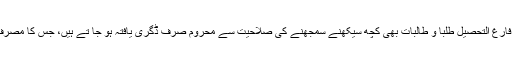
جس کے تحت ایمانداری سے فارغ التحصیل طلبا و طالبات بھی کچھ سیکھنے سمجھنے کی صلاحیت سے محروم صرف ڈگری یافتہ ہو جا تے ہیں، جس کا مصرف محض بہتر نوکری ہوتا ہے۔